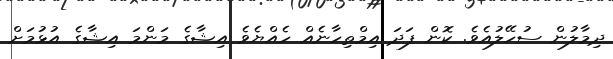
ދިމާލުން ސުހޭލުއެވެ. ކޮން ފަދަ އިމްތިހާނެއް ހެއްޔެވެ އިޝާގެ މަންމަ އިޝާގެ އުޅުމަށް